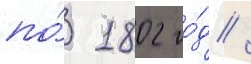
по́ 1802 го́д /